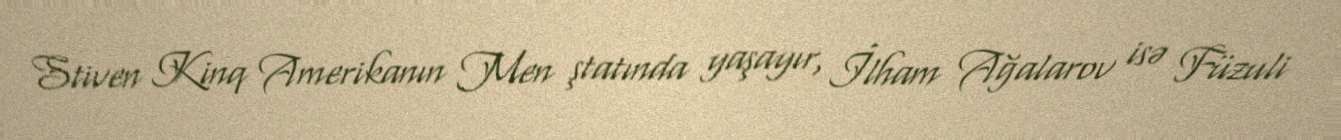
Stiven Kinq Amerikanın Men ştatında yaşayır, İlham Ağalarov isə Füzuli